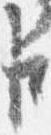
臣